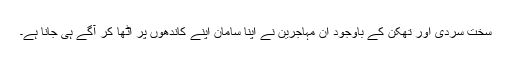
سخت سردی اور تھکن کے باوجود ان مہاجرین نے اپنا سامان اپنے کاندھوں پر اٹھا کر آگے ہی جانا ہے۔